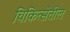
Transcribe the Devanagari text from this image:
चिकित्सेतील